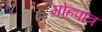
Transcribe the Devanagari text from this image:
मोहपात्र